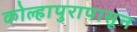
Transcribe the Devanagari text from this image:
कोल्हापुरापासून